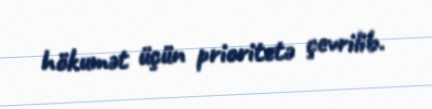
hökumәt üçün prioritetə çevrilib.